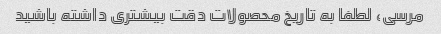
مرسی، لطفا به تاریخ محصولات دقت بیشتری داشته باشید